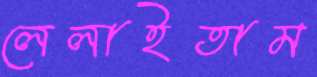
লেলাইতাম